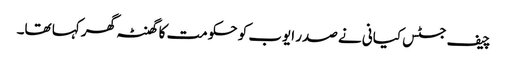
چیف جسٹس کیانی نے صدر ایوب کو حکومت کا گھنٹہ گھر کہا تھا۔